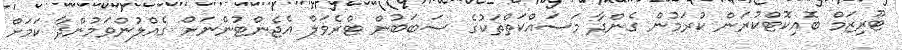
ޓޫރިޒަމް ބޮއިކޮޓްކުރަން ކުރަމުން ގެންދާ މަސައްކަތްތަކުގެ ސަބަބުން ޓްރެވަލް އެޖެންޓުންނަށް ގެއްލުންވަމުންދާ ކަމަށް